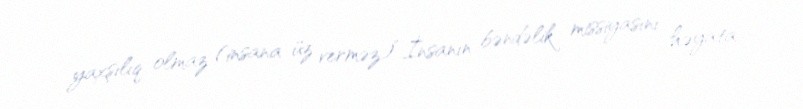
yaxşılıq olmaz (insana üz verməz)”.İnsanın bəndəlik missiyasını həyata